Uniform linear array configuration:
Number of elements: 48
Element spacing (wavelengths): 1
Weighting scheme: cosine
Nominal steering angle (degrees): -15
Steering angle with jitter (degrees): -15.312
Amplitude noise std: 0.05
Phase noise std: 0.05

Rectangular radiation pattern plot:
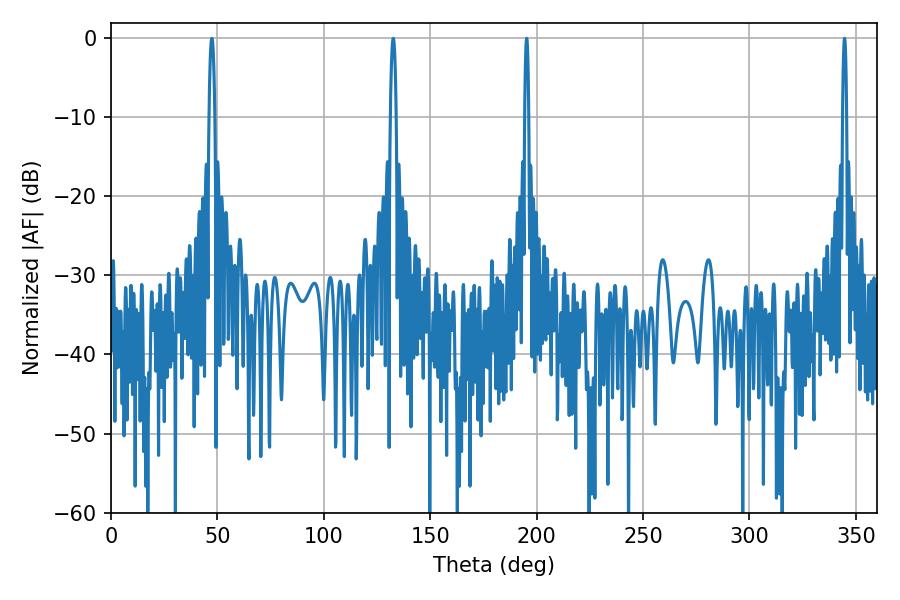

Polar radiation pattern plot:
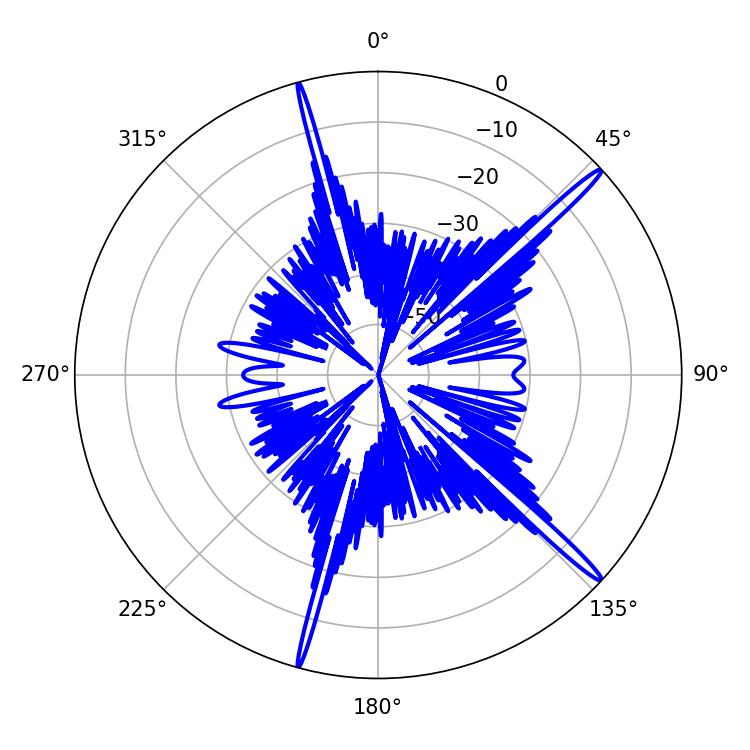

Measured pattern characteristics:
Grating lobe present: TRUE
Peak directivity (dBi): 17.685
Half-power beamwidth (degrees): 1.08
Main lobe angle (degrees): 195.3